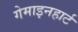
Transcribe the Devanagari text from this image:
गेमाइनहार्ट